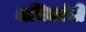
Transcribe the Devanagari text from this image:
धनिकांनी